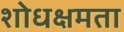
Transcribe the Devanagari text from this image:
शोधक्षमता